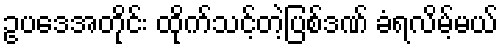
ဥပဒေအတိုင်း ထိုက်သင့်တဲ့ပြစ်ဒဏ် ခံရလိမ့်မယ်